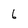
Character: 6